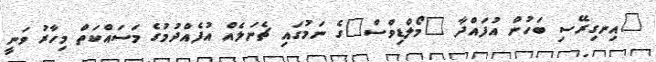
"އިނގިރޭސި ބަހުން އުފައްދާ "މޯލްޑިވްސް"ގެ ނަމުގައި ޗެނަލެއް އުފެއްދުމުގެ މަސައްކަތް މިހާރު ވަނީ